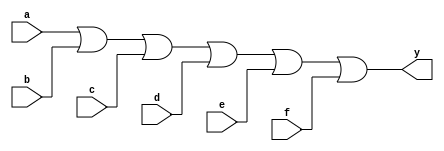
module xup_or6 #(parameter DELAY = 3)(
    input a,
    input b,
    input c,
    input d,
    input e,
    input f,
    output y
    );
    
    or #DELAY (y,a,b,c,d,e,f);
    
endmodule